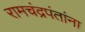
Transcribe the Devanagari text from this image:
रामचंद्रपंतांना